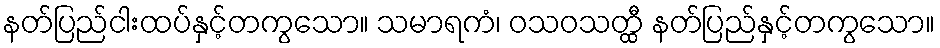
နတ်ပြည်ငါးထပ်နှင့်တကွသော။ သမာရကံ၊ ဝသဝသတ္ထီ နတ်ပြည်နှင့်တကွသော။